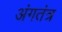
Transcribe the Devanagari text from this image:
अंगतंत्र